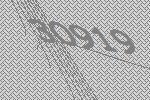
30919